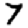
Digit: 7